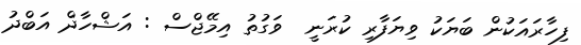
ފިހާރައަކުން ބަޔަކު ވިޔަފާރި ކުރަނީ  ވަގުތު އިމޭޖްސް : އަޝްހާދް އަބްދު